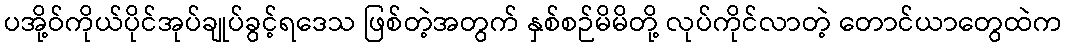
ပအို့ဝ်ကိုယ်ပိုင်အုပ်ချုပ်ခွင့်ရဒေသ ဖြစ်တဲ့အတွက် နှစ်စဉ်မိမိတို့ လုပ်ကိုင်လာတဲ့ တောင်ယာတွေထဲက